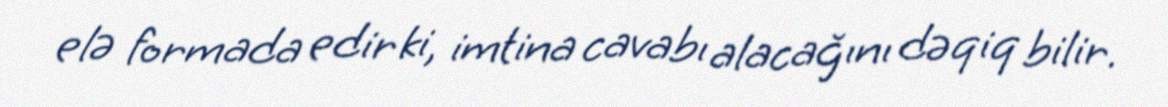
elə formada edir ki, imtina cavabı alacağını dəqiq bilir.